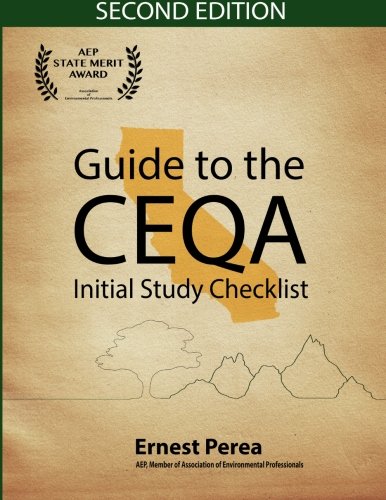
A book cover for Guide to the CEQA Initial Study Checklist 2nd Edition; Ernest Perea; Law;